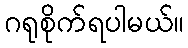
ဂရုစိုက်ရပါမယ်။